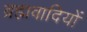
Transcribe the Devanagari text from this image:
ब्रह्मवादियों